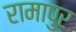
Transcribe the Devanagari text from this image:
रामापुर